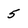
Character: 5